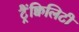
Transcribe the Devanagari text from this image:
ट्रैंक्विलिटी